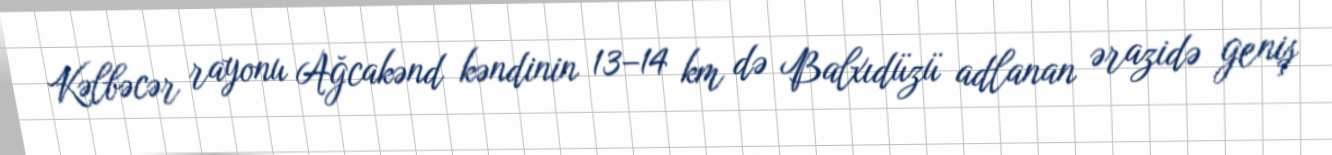
Kəlbəcər rayonu Ağcakənd kəndinin 13–14 km də Balxıdüzü adlanan ərazidə geniş